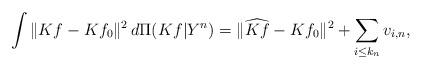
LaTeX: \begin{align*} \int\|Kf-Kf_0\|^2\, d\Pi(Kf|Y^n) = \|\widehat{Kf}-Kf_0\|^2+\sum_{i\leq k_n} v_{i,n},\end{align*}